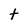
Character: t